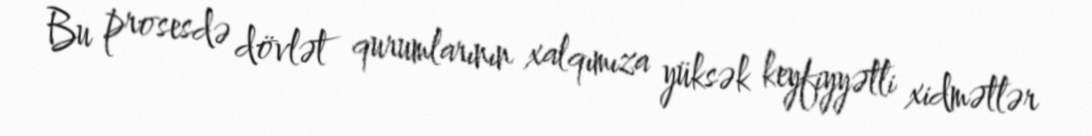
Bu prosesdə dövlət qurumlarının xalqımıza yüksək keyfiyyətli xidmətlər